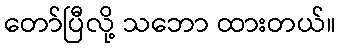
တော်ပြီလို့ သဘော ထားတယ်။